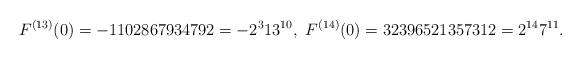
LaTeX: \begin{align*}F^{(13)}(0)=-1102867934792=-2^{3}13^{10},\ F^{(14)}(0)=32396521357312=2^{14}7^{11}.\end{align*}